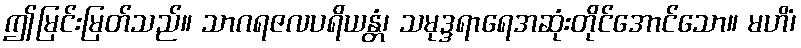
ဤမြင်းမြတ်သည်။ သာဂရဇလပရိယန္တံ၊ သမုဒ္ဒရာရေအဆုံးတိုင်အောင်သော။ မဟိံ၊